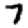
Digit: 7